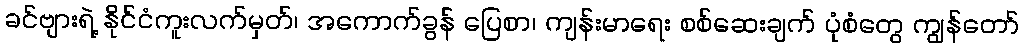
ခင်ဗျားရဲ့ နိုင်ငံကူးလက်မှတ်၊ အကောက်ခွန် ပြေစာ၊ ကျန်းမာရေး စစ်ဆေးချက် ပုံစံတွေ ကျွန်တော်